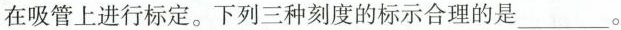
在吸管上进行标定。下列三种刻度的标示合理的是___。